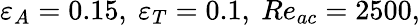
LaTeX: \varepsilon_{A}=0.15,~\varepsilon_{T}=0.1,~Re_{ac}=2500,